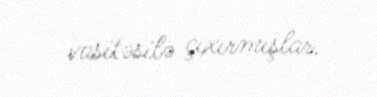
vasitəsilə çıxırmışlar.